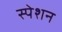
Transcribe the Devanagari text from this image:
स्पेशन